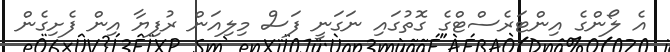
އެ ލޯންގެ އިންޓަރެސްޓްގެ ގޮތުގައި ނަގަނީ ފަސް މިލިއަން ރުފިޔާ އިން ފެށިގެން